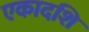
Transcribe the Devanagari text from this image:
एकादशि